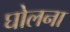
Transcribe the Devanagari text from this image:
घोलना